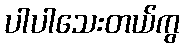
ပါပါသေးတယ်ကွ